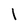
Character: l